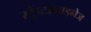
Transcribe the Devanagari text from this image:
स्ट्रैप्टोकाइनेज